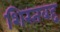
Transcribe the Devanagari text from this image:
शिस्तबद्द